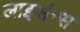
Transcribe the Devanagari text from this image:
लाइसंन्स